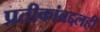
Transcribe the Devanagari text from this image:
प्रतीकांबद्दलही